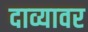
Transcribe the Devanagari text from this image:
दाव्यावर